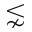
\lnsim